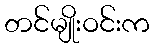
တင်မျိုးဝင်းက